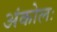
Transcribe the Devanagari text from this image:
अंकोलः